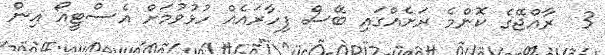
3  ރާއްޖޭގެ ކޮންމެ ރަށެއްގައި ބޭސް ފިހާރައެއް ހުޅުވުމަށް އެސްޓީއޯ އިން